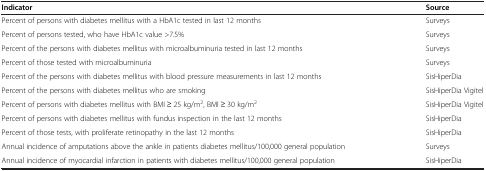
| Indicator | Source |
 | --- | --- |
 | Percent of persons with diabetes mellitus with a HbA1c tested in last 12 months | Surveys |
 | Percent of persons tested, who have HbA1c value >7.5% | Surveys |
 | Percent of the persons with diabetes mellitus with microalbuminuria tested in last 12 months | Surveys |
 | Percent of those tested with microalbuminuria | Surveys |
 | Percent of the persons with diabetes mellitus with blood pressure measurements in last 12 months | SisHiperDia |
 | Percent of the persons with diabetes mellitus who are smoking | SisHiperDia Vigitel |
 | Percent of persons with diabetes mellitus with BMI ≥ 25 kg/m2, BMI ≥ 30 kg/m2 | SisHiperDia Vigitel |
 | Percent of persons with diabetes mellitus with fundus inspection in the last 12 months | SisHiperDia |
 | Percent of those tests, with proliferate retinopathy in the last 12 months | SisHiperDia |
 | Annual incidence of amputations above the ankle in patients diabetes mellitus/100,000 general population | Surveys |
 | Annual incidence of myocardial infarction in patients with diabetes mellitus/100,000 general population | SisHiperDia |